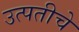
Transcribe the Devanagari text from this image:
उत्पतीचे